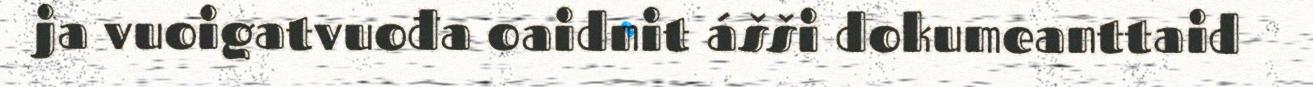
ja vuoigatvuođa oaidnit ášši dokumeanttaid